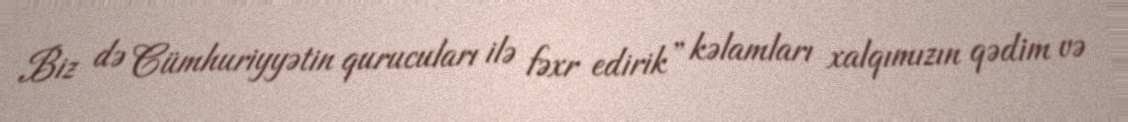
Biz də Cümhuriyyətin qurucuları ilə fəxr edirik” kəlamları xalqımızın qədim və